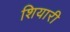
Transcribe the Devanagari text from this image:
शियारी